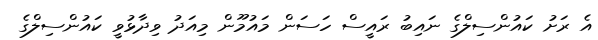
އެ ރަށު ކައުންސިލްގެ ނައިބު ރައީސް ހަސަން މައުމޫން މިއަދު ވިދާޅުވީ ކައުންސިލްގެ